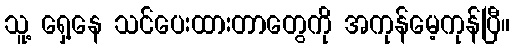
သူ့ ရှေ့နေ သင်ပေးထားတာတွေကို အကုန်မေ့ကုန်ပြီ။